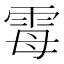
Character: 𫕢